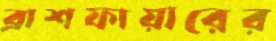
ব্রাশফায়ারের